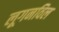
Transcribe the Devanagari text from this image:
लूगनविल